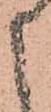
申